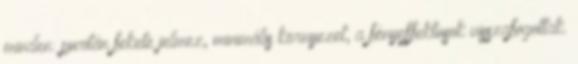
minden: puritán fekete jelmez, minimális környezet, a fényeffektusok visszafogottak.